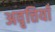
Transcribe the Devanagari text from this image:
अवृत्तियाँ